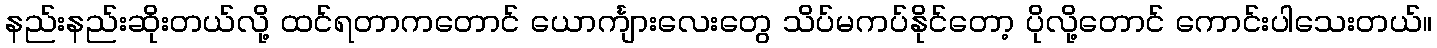
နည်းနည်းဆိုးတယ်လို့ ထင်ရတာကတောင် ယောင်္ကျားလေးတွေ သိပ်မကပ်နိုင်တော့ ပိုလို့တောင် ကောင်းပါသေးတယ်။